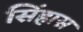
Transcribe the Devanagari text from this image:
सिंहास